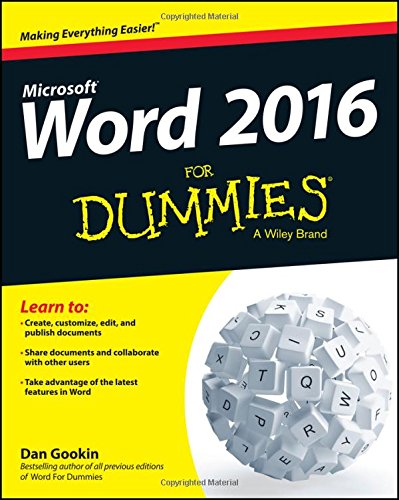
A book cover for Word 2016 For Dummies (Word for Dummies); Dan Gookin; Computers & Technology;